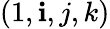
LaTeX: (1,\mathbf{i},j,k)